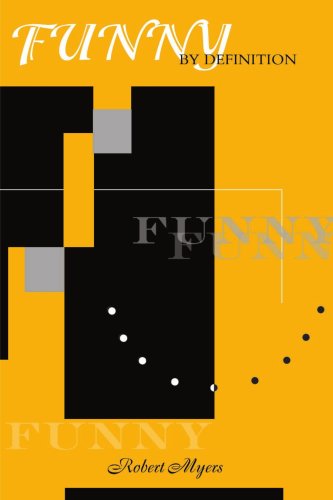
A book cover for Funny by Definition; Robert Myers; Reference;